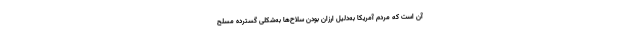
آن است که مردم آمریکا به‌دلیل ارزان بودن سلاح‌ها به‌شکلی گسترده مسلح